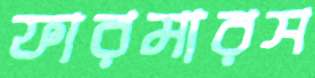
ফারমারস